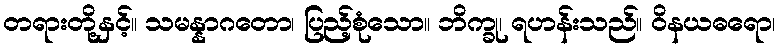
တရားတို့နှင့်။ သမန္နာဂတော၊ ပြည့်စုံသော။ ဘိက္ခု၊ ရဟန်းသည်။ ဝိနယဓရော၊